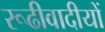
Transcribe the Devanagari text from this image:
रूढीवादीयों